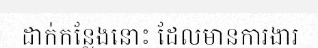
ដាក់កន្លែងនោះ ដែលមានការងារ